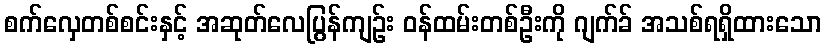
စက်လှေတစ်စင်းနှင့် အဆုတ်လေပြွန်ကျဉ်း ဝန်ထမ်းတစ်ဦးကို ဂျက်ခ် အသစ်ရရှိထားသော